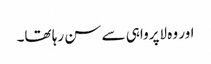
اور وہ لاپرواہی سے سن رہا تھا۔